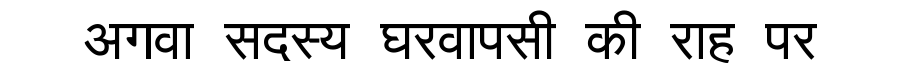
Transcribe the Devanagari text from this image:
अगवा सदस्य घरवापसी की राह पर